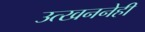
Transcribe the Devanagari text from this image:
उत्खननेही